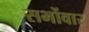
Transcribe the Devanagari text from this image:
सभोंवार